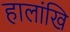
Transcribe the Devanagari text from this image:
हालांखि